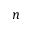
n